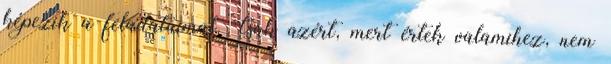
képezik a feladataimat. Csak azért, mert értek valamihez, nem